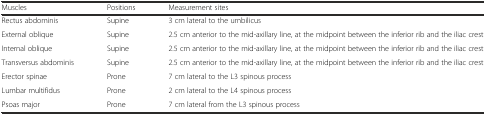
<table><thead><tr><td><b>Muscles</b></td><td><b>Positions</b></td><td><b>Measurement sites</b></td></tr></thead><tbody><tr><td>Rectus abdominis</td><td>Supine</td><td>3 cm lateral to the umbilicus</td></tr><tr><td>External oblique</td><td>Supine</td><td>2.5 cm anterior to the mid-axillary line, at the midpoint between the inferior rib and the iliac crest</td></tr><tr><td>Internal oblique</td><td>Supine</td><td>2.5 cm anterior to the mid-axillary line, at the midpoint between the inferior rib and the iliac crest</td></tr><tr><td>Transversus abdominis</td><td>Supine</td><td>2.5 cm anterior to the mid-axillary line, at the midpoint between the inferior rib and the iliac crest</td></tr><tr><td>Erector spinae</td><td>Prone</td><td>7 cm lateral to the L3 spinous process</td></tr><tr><td>Lumbar multifidus</td><td>Prone</td><td>2 cm lateral to the L4 spinous process</td></tr><tr><td>Psoas major</td><td>Prone</td><td>7 cm lateral from the L3 spinous process</td></tr></tbody></table>